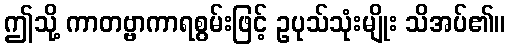
ဤသို့ ကာတဗ္ဗာကာရစွမ်းဖြင့် ဥပုသ်သုံးမျိုး သိအပ်၏။